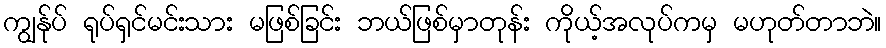
ကျွန်ုပ် ရုပ်ရှင်မင်းသား မဖြစ်ခြင်း ဘယ်ဖြစ်မှာတုန်း ကိုယ့်အလုပ်ကမှ မဟုတ်တာဘဲ။